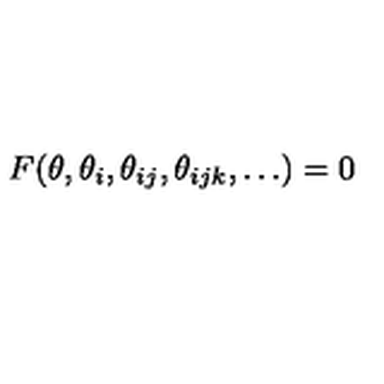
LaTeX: F ( \theta , \theta _ { i } , \theta _ { i j } , \theta _ { i j k } , \dots ) = 0